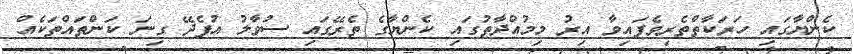
ކެންޔާގައި ހަރަކާތްތެރިވެފައިވާ އިރު މިމުއްދާތުގައި ކެންޔާގެ ތެރޭގައި ސުވާލު އުފެދޭ ގިނަ ކަންތައްތަކެއް